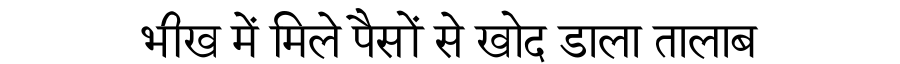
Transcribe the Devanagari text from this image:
भीख में मिले पैसों से खोद डाला तालाब